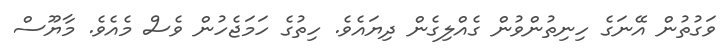
ވަގުތުން އޭނަގެ ހިނިތުންވުން ގެއްލިގެން ދިޔައެވެ. ހިތުގެ ހަމަޖެހުން ވެސް މެއެވެ. މާޔޫސް